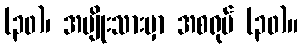
(၃၀)၊ အမျိုးသားမှာ အစရုပ် (၃၀)။